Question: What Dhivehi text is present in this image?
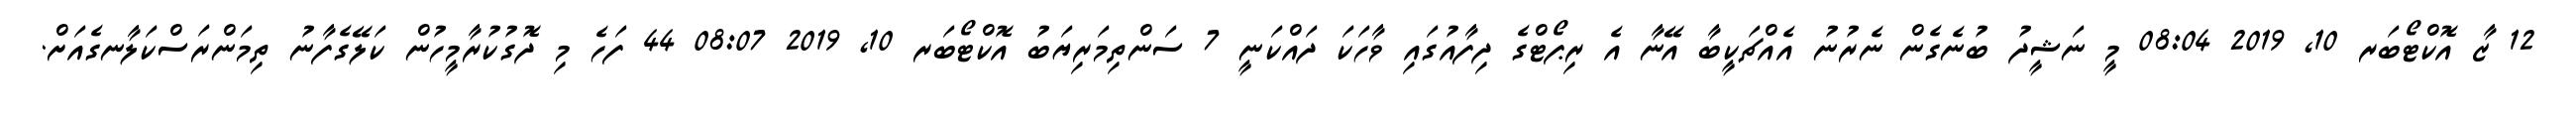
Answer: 12 ޒާ އޮކްޓޯބަރ 10, 2019 08:04 މީ ނަޝީދު ބުނެގެން ނެރުނު އެއްޗަކީބާ އޭނާ އެ ރިޕޯޓްގެ ދިފާއުގައި ވާހަކަ ދައްކަނީ 7 ސަންތިމަރިޔަބު އޮކްޓޯބަރ 10, 2019 08:07 44 ފަހެ މި ދޮގުކުރާމީހުން ކަލޭގެފާނު ތިމަންރަސްކަލާނގެއަށް.